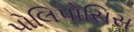
પોલિપોસિસ